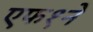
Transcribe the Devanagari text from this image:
एफ१ने